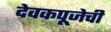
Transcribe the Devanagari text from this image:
देवकपूजेची